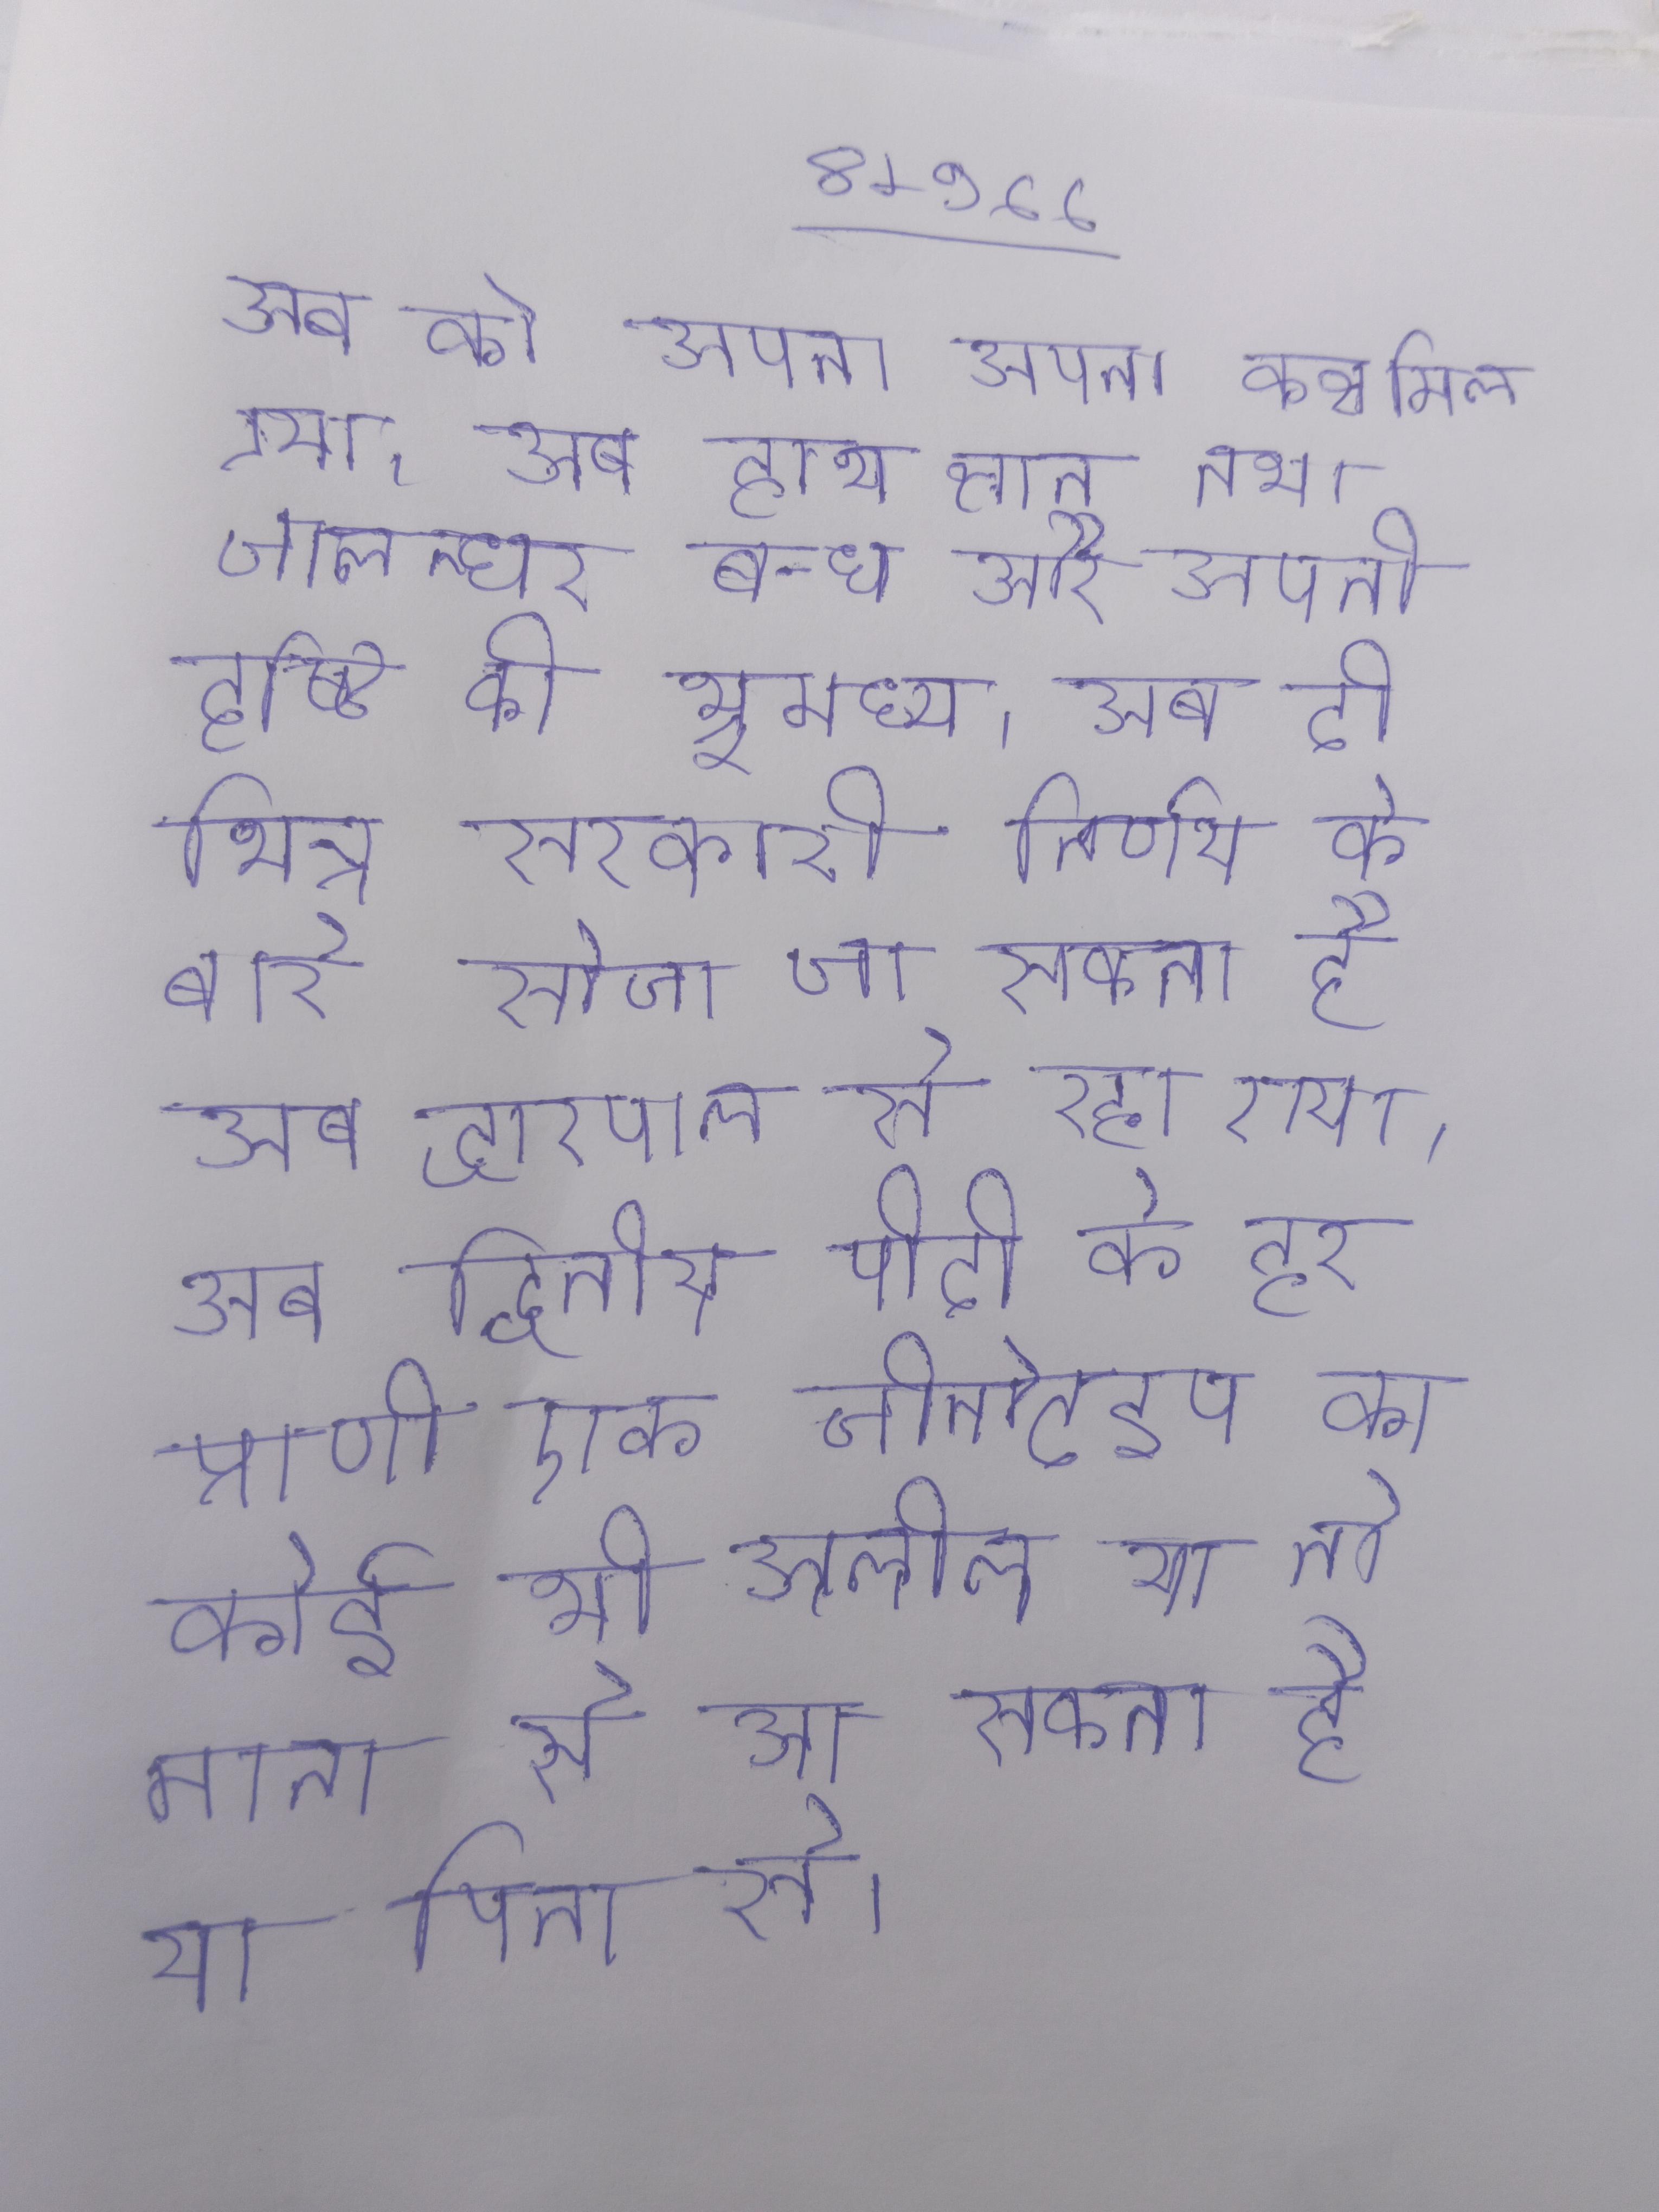
अब को अपना अपना कक्ष मिल गया । अब हाथ ज्ञान मुद्रा तथा जालन्धर बन्ध और अपनी दृष्टि को भ्रूमध्य । अब दो भिन्न सरकारी निर्णय के बारे सोचा जा सकता है । अब द्वारपाल से रहा गया । अब द्वितीय पीढी के हर प्राणी एक जीनोटाइप का कोई भी अलील या तो माता से आ सकता है या पिता से ।